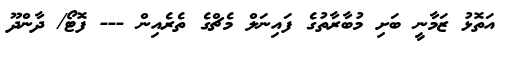
އަތޮޅު ޒަމާނީ ބަށި މުބާރާތުގެ ފައިނަލް މެޗްގެ ތެރެއިން --- ފޮޓޯ/ ދާންދޫ